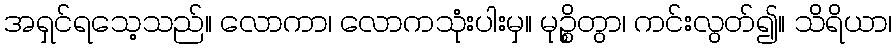
အရှင်ရသေ့သည်။ လောကာ၊ လောကသုံးပါးမှ။ မုဉ္စိတွာ၊ ကင်းလွတ်၍။ သိရိယာ၊